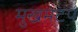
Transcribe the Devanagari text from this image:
मुखमंटप